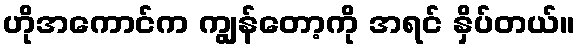
ဟိုအကောင်က ကျွန်တော့ကို အရင် နှိပ်တယ်။